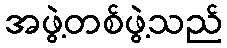
အဖွဲ့တစ်ဖွဲ့သည်